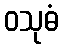
ဝသုဓံ